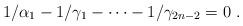
LaTeX: \begin{align*}1/\alpha _1-1/\gamma _1-\cdots -1/\gamma _{2n-2}=0~. \end{align*}